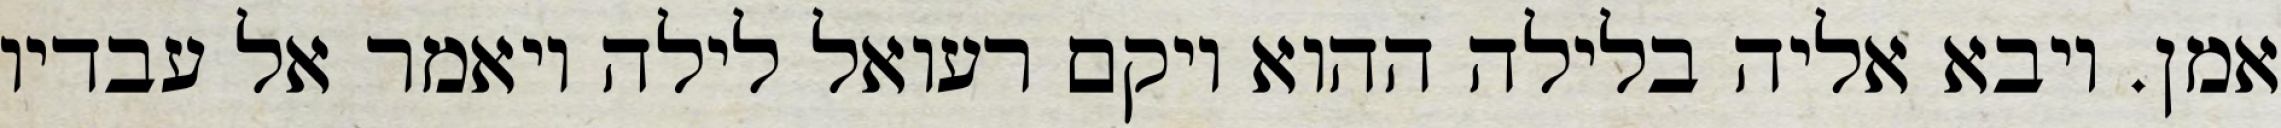
אמן. ויבא אליה בלילה ההוא ויקם רעואל לילה ויאמר אל עבדיו